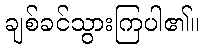
ချစ်ခင်သွားကြပါ၏။